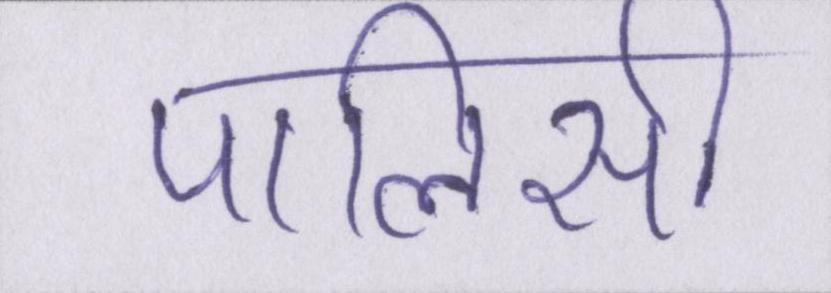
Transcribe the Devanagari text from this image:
पालिसी